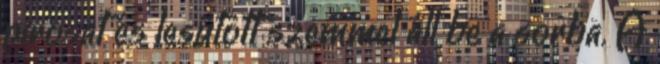
pirosat és lesütött szemmel áll be a sorba. A